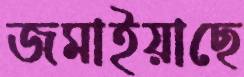
জমাইয়াছে